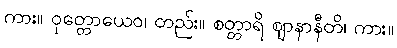
ကား။ ဝုတ္တောယေဝ၊ တည်း။ စတ္တာရိ ဈာနာနီတိ၊ ကား။